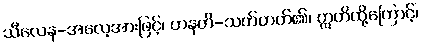
သီလေန-အလေ့အားဖြင့်၊ ဟနတိ-သတ်တတ်၏၊ ဣတိထို့ကြောင့်၊